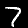
Digit: 7